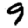
Digit: 9